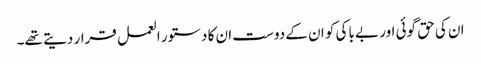
ان کی حق گوئی اور بے باکی کو ان کے دوست ان کا دستور العمل قرار دیتے تھے۔